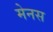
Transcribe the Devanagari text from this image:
मेनस